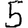
Digit: 5